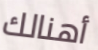
أهنالك